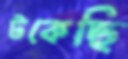
টকেছি